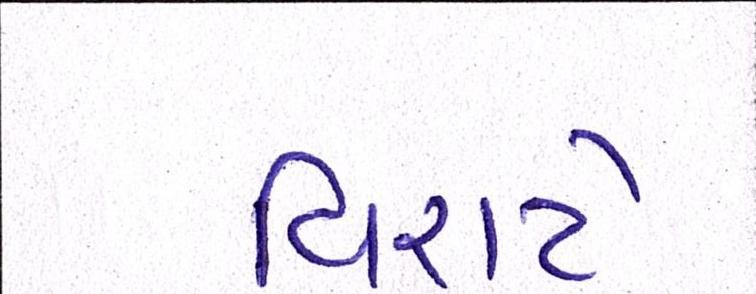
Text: વિરાટે